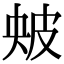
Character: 㿮